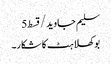
سلیم جاوید/قسط5
بوکھلاہٹ کا شکار۔